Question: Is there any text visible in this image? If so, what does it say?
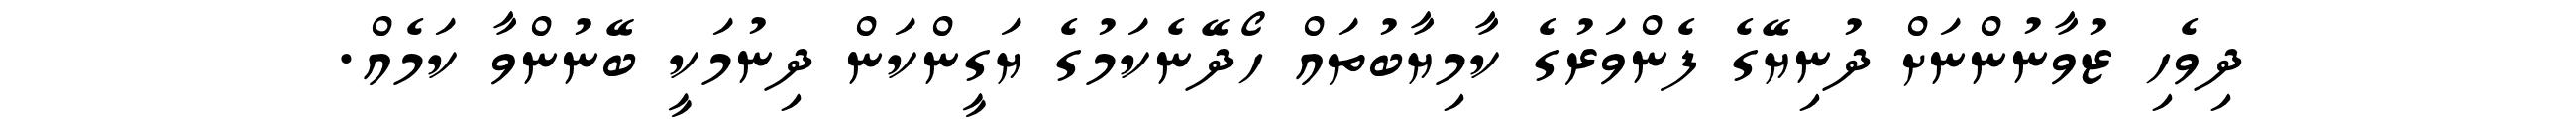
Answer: ދިވެހި ޒުވާނުންނަށް ދުނިޔޭގެ ފެންވަރުގެ ކާމިޔާބުތައް ހޯދޭނެކަމުގެ ޔަގީންކަން ދިނުމަކީ ބޭނުންވާ ކަމެއް.